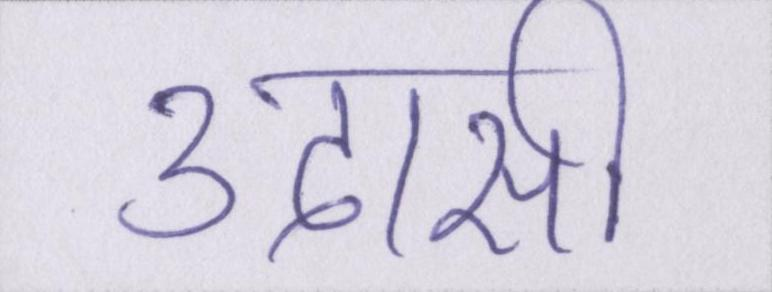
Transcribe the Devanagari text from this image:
उदासी